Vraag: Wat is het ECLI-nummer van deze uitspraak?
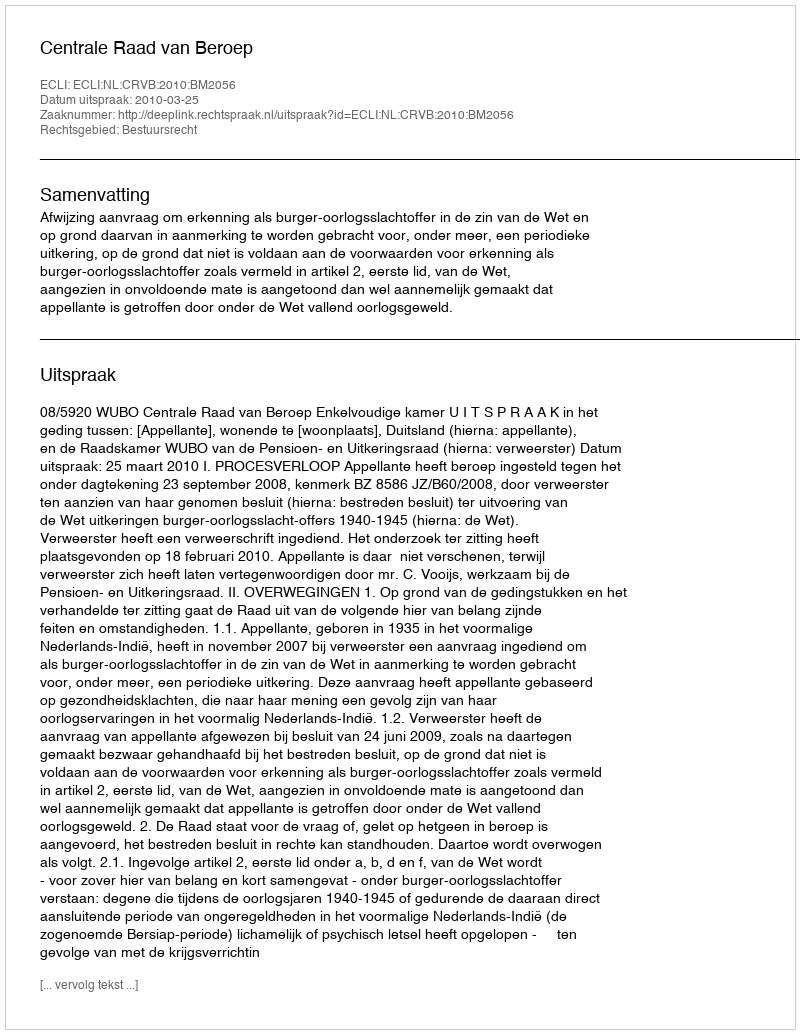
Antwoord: ECLI:NL:CRVB:2010:BM2056